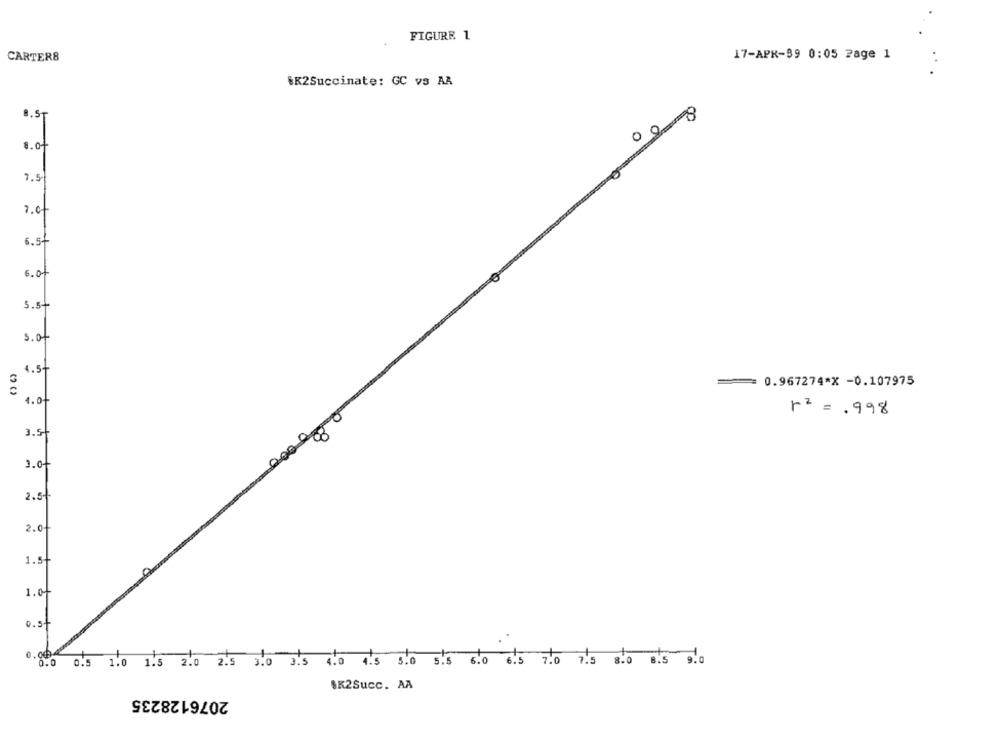
FIGURE 1
CARTER8
17-APR-39 0:05 Page 1
#K2Succinate: GC vs AA
B.ST
0 08
8. of
7.5
6.st
6. 0+
5.st
s. of
4.5
0.967274*X -0.107975
1. 0
r= = . 998
3.5
3. of
2.5-
2.0-
1.5t
1.00
0.5+
0.0
5.0 5.5 6.0 6.5 7.0
0.5 1.0 1.5 2.0 2.5 3.0 3.5
4.0 4.5
7.5 8.0 8.5 9.0
$K2Succ. AA
2076128235